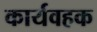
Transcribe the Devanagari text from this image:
कार्यवहक